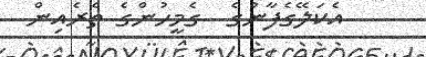
އެކަލޭގެފާނުގެ  ގެމީހުންގެ ތެރެއިން